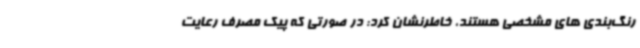
رنگ‌بندی های مشخصی هستند، خاطرنشان کرد: در صورتی که پیک مصرف رعایت